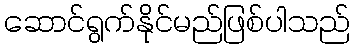
ဆောင်ရွက်နိုင်မည်ဖြစ်ပါသည်